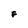
Character: F